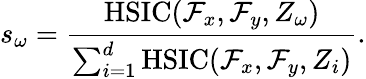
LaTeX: s_{\omega}=\frac{\mathrm{HSIC}(\mathcal{F}_{x},\mathcal{F}_{y},Z_{\omega})}{\sum_{i=1}^{d}\mathrm{HSIC}(\mathcal{F}_{x},\mathcal{F}_{y},Z_{i})}.